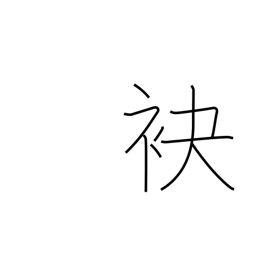
Meaning: foot (of hill)